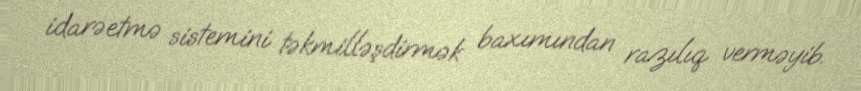
idarəetmə sistemini təkmilləşdirmək baxımından razılıq verməyib.